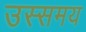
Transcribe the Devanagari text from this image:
उस्समय